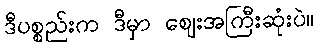
ဒီပစ္စည်းက ဒီမှာ ဈေးအကြီးဆုံးပဲ။